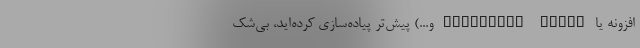
افزونه یا Redundant Power و...) پیش‌تر پیاده‌سازی کرده‌اید، بی‌شک